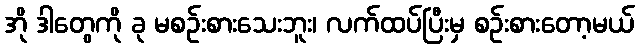
အို ဒါတွေကို ခု မစဉ်းစားသေးဘူး၊ လက်ထပ်ပြီးမှ စဉ်းစားတော့မယ်